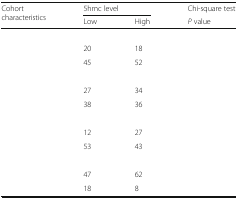
<table><thead><tr><td rowspan="2"><b>Cohort characteristics</b></td><td colspan="2"><b>5hmc level</b></td><td><b>Chi-square test</b></td></tr><tr><td><b>Low</b></td><td><b>High</b></td><td><b><i>P</i> value</b></td></tr></thead><tbody><tr><td>[EMPTY_CELL]</td><td>[EMPTY_CELL]</td><td>[EMPTY_CELL]</td><td>[EMPTY_CELL]</td></tr><tr><td>[EMPTY_CELL]</td><td>20</td><td>18</td><td>[EMPTY_CELL]</td></tr><tr><td>[EMPTY_CELL]</td><td>45</td><td>52</td><td>[EMPTY_CELL]</td></tr><tr><td>[EMPTY_CELL]</td><td>[EMPTY_CELL]</td><td>[EMPTY_CELL]</td><td>[EMPTY_CELL]</td></tr><tr><td>[EMPTY_CELL]</td><td>27</td><td>34</td><td>[EMPTY_CELL]</td></tr><tr><td>[EMPTY_CELL]</td><td>38</td><td>36</td><td>[EMPTY_CELL]</td></tr><tr><td>[EMPTY_CELL]</td><td>[EMPTY_CELL]</td><td>[EMPTY_CELL]</td><td>[EMPTY_CELL]</td></tr><tr><td>[EMPTY_CELL]</td><td>12</td><td>27</td><td>[EMPTY_CELL]</td></tr><tr><td>[EMPTY_CELL]</td><td>53</td><td>43</td><td>[EMPTY_CELL]</td></tr><tr><td>[EMPTY_CELL]</td><td>[EMPTY_CELL]</td><td>[EMPTY_CELL]</td><td>[EMPTY_CELL]</td></tr><tr><td>[EMPTY_CELL]</td><td>47</td><td>62</td><td>[EMPTY_CELL]</td></tr><tr><td>[EMPTY_CELL]</td><td>18</td><td>8</td><td>[EMPTY_CELL]</td></tr></tbody></table>